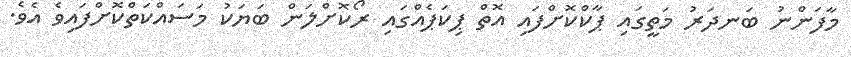
މާފަންނު ބަނދަރު މަތީގައި ޕާކްކޮށްފައި އޮތް ޕިކަޕެއްގައި ރޯކޮށްލަން ބަޔަކު މަސައްކަތްކޮށްފައިވެ އެވެ.